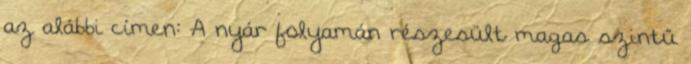
az alábbi címen: A nyár folyamán részesült magas szintű